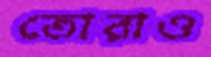
তোরাও